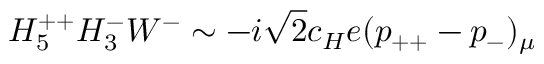
H _ { 5 } ^ { + + } H _ { 3 } ^ { - } W ^ { - } \sim - i \sqrt { 2 } c _ { H } e ( p _ { + + } - p _ { - } ) _ { \mu }